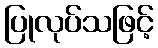
ပြုလုပ်သဖြင့်